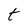
Character: t